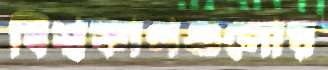
বিশ্বকাপগুলোয়